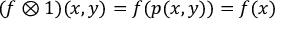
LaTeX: ( f \otimes 1 ) ( x , y ) = f ( p ( x , y ) ) = f ( x )